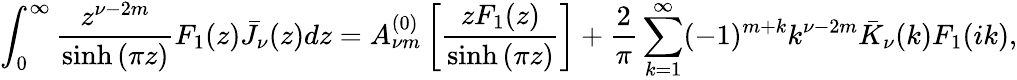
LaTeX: \int_{0}^{\infty}{\frac{z^{\nu-2m}}{\sinh{(\pi z)}}F_{1}(z)\bar{J}_{\nu}(z)dz}=A_{\nu m}^{(0)}\left[\frac{zF_{1}(z)}{\sinh{(\pi z)}}\right]+\frac{2}{\pi}\sum_{k=1}^{\infty}(-1)^{m+k}k^{\nu-2m}\bar{K}_{\nu}(k)F_{1}(ik),